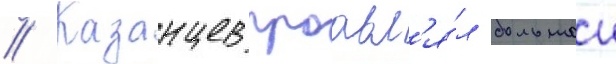
// Казанцев проавл'я́л большои